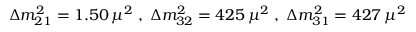
\Delta m _ { 2 1 } ^ { 2 } = 1 . 5 0 \, \mu ^ { 2 } \; , \; \Delta m _ { 3 2 } ^ { 2 } = 4 2 5 \, \mu ^ { 2 } \; , \; \Delta m _ { 3 1 } ^ { 2 } = 4 2 7 \, \mu ^ { 2 }